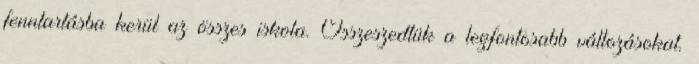
fenntartásba kerül az összes iskola. Összeszedtük a legfontosabb változásokat.